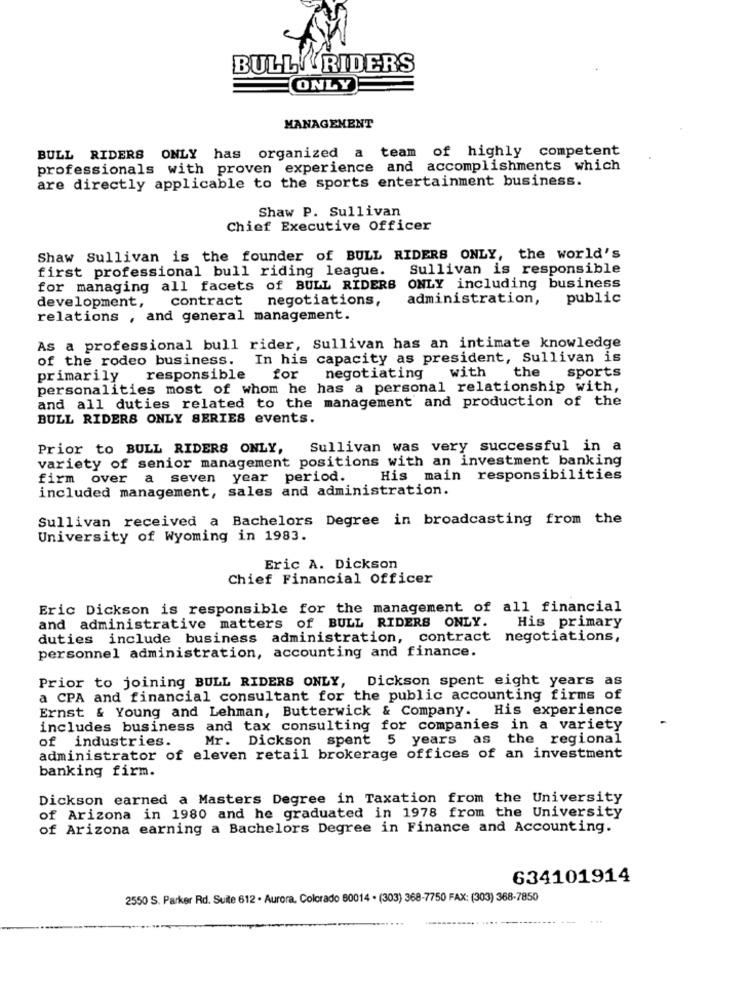
BULL RIDERS
ONLY
MANAGEMENT
BULL RIDERS ONLY has organized a team of highly competent
professionals with proven experience and accomplishments which
are directly applicable to the sports entertainment business.
Shaw P. Sullivan
Chief Executive Officer
Shaw Sullivan is the founder of BULL RIDERS ONLY, the world's
first professional bull riding league.
Sullivan is responsible
for managing all facets of BULL RIDERS ONLY including business
contract
negotiations,
administration,
public
development,
relations , and general management.
As a professional bull rider, Sullivan has an intimate knowledge
of the rodeo business.
In his capacity as president, Sullivan is
with
primarily responsible
for
negotiating
the sports
personalities most of whom he has a personal relationship with,
and all duties related to the management and production of the
BULL RIDERS ONLY SERIES events.
Prior to BULL RIDERS ONLY, Sullivan was very successful in a
variety of senior management positions with an investment banking
firm over a seven year period.
His main responsibilities
included management, sales and administration.
Sullivan received a Bachelors Degree in broadcasting from the
University of Wyoming in 1983.
Eric A. Dickson
Chief Financial Officer
Eric Dickson is responsible for the management of all financial
and administrative matters of BULL RIDERS ONLY.
His primary
duties include business administration, contract negotiations,
personnel administration, accounting and finance.
Prior to joining BULL RIDERS ONLY, Dickson spent eight years as
a CPA and financial consultant for the public accounting firms of
Ernst & Young and Lehman, Butterwick & Company.
His experience
includes business and tax consulting for companies in a variety
of industries.
Mr. Dickson spent 5 years as the regional
administrator of eleven retail brokerage offices of an investment
banking firm.
Dickson earned a Masters Degree in Taxation from the University
of Arizona in 1980 and he graduated in 1978 from the University
of Arizona earning a Bachelors Degree in Finance and Accounting.
634101914
2550 S. Parker Rd. Suite 612 . Aurora, Colorado 80014 · (303) 368-7750 FAX: (303) 368-7850
-----...... .....